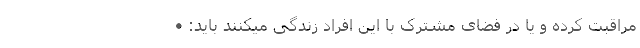
مراقبت کرده و یا در فضای مشترک با این افراد زندگی میکنند باید: •